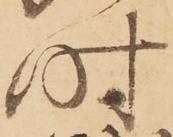
時